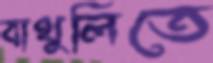
বাথুলিতে